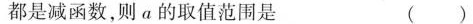
都是减函数，则a的取值范围是 ()